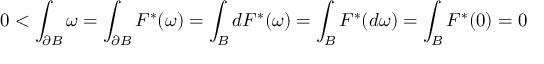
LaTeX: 0 < \int _ { \partial B } \omega = \int _ { \partial B } F ^ { * } ( \omega ) = \int _ { B } d F ^ { * } ( \omega ) = \int _ { B } F ^ { * } ( d \omega ) = \int _ { B } F ^ { * } ( 0 ) = 0